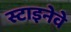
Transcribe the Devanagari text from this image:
स्टाइनेवे